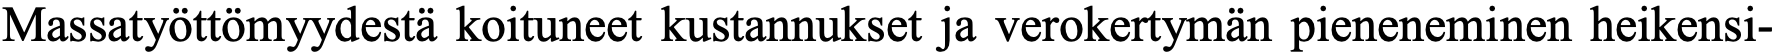
Massatyöttömyydestä koituneet kustannukset ja verokertymän pieneneminen heikensi-